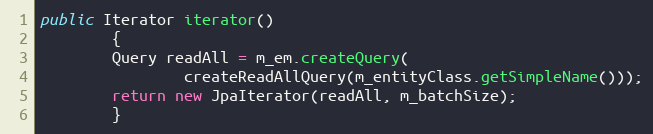
Language: Java
public Iterator iterator()
        {
        Query readAll = m_em.createQuery(
                createReadAllQuery(m_entityClass.getSimpleName()));
        return new JpaIterator(readAll, m_batchSize);
        }